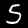
Digit: 5